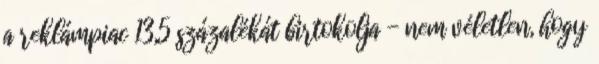
a reklámpiac 13,5 százalékát birtokolja - nem véletlen, hogy